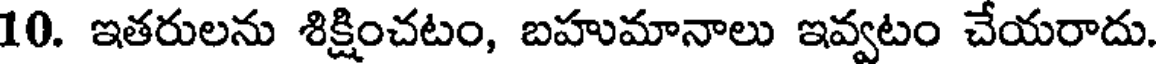
10. ఇతరులను శిక్షించటం, బహుమానాలు ఇవ్వటం చేయరాదు.